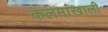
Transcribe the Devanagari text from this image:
कलमांखाली